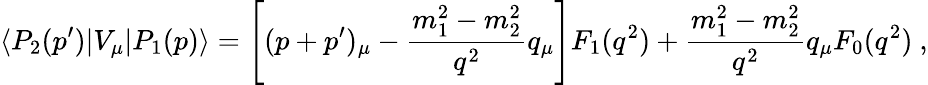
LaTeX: \langle P_{2}(p^{\prime})|V_{\mu}|P_{1}(p)\rangle=\Bigg[(p+p^{\prime})_{\mu}-\frac{m_{1}^{2}-m_{2}^{2}}{q^{2}}q_{\mu}\Bigg]F_{1}(q^{2})+\frac{m_{1}^{2}-m_{2}^{2}}{q^{2}}q_{\mu}F_{0}(q^{2})~,